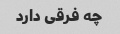
چه فرقی دارد